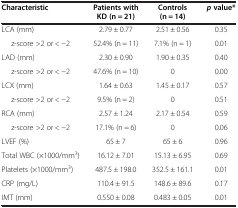
| Characteristic | Patients with KD (n = 21) | Controls (n = 14) | p value* |
 | --- | --- | --- | --- |
 | LCA (mm) | 2.79 ± 0.77 | 2.51 ± 0.56 | 0.35 |
 | z-score >2 or < -2 | 52.4% (n = 11) | 7.1% (n = 1) | 0.01 |
 | LAD (mm) | 2.30 ± 0.90 | 1.90 ± 0.35 | 0.40 |
 | z-score >2 or < -2 | 47.6% (n = 10) | 0 | 0.00 |
 | LCX (mm) | 1.64 ± 0.63 | 1.45 ± 0.17 | 0.57 |
 | z-score >2 or < -2 | 9.5% (n = 2) | 0 | 0.51 |
 | RCA (mm) | 2.57 ± 1.24 | 2.17 ± 0.54 | 0.59 |
 | z-score >2 or < -2 | 17.1% (n = 6) | 0 | 0.06 |
 | LVEF (%) | 65 ± 7 | 65 ± 6 | 0.96 |
 | Total WBC (×1000/mm3) | 16.12 ± 7.01 | 15.13 ± 6.95 | 0.69 |
 | Platelets (×1000/mm3) | 487.5 ± 198.0 | 352.5 ± 161.1 | 0.01 |
 | CRP (mg/L) | 110.4 ± 91.5 | 148.6 ± 89.6 | 0.17 |
 | IMT (mm) | 0.550 ± 0.08 | 0.483 ± 0.05 | 0.01 |